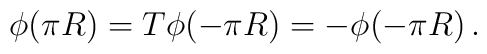
\phi(\pi R)=T\phi(-\pi R) = -\phi(-\pi R)\,.